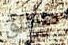
منطلق